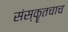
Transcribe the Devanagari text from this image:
संस्कॄतचाच